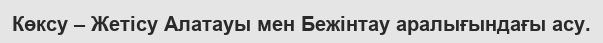
Көксу – Жетісу Алатауы мен Бежінтау аралығындағы асу.